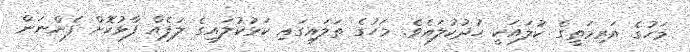
މަހުގެ އަރިމަތީގެ ކުލައަކީ ހުދުކުލައެވެ. މަހުގެ ތަލައިގައި ކަޅުކުލައިގެ ލަފެއް ފާޅުކޮށް ފެންނަން